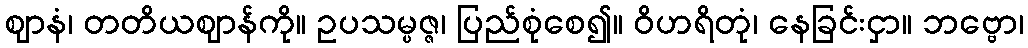
ဈာနံ၊ တတိယဈာန်ကို။ ဥပသမ္ပဇ္ဇ၊ ပြည်စုံစေ၍။ ဝိဟရိတုံ၊ နေခြင်းငှာ။ ဘဗ္ဗော၊